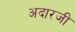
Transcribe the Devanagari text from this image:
अदारजी